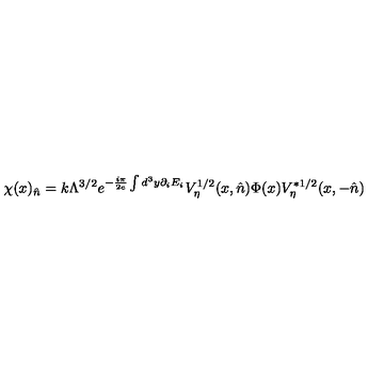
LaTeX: \chi ( x ) _ { \hat { n } } = k \Lambda ^ { 3 / 2 } e ^ { - \frac { i \pi } { 2 e } \int d ^ { 3 } y \partial _ { i } E _ { i } } V _ { \eta } ^ { 1 / 2 } ( x , \hat { n } ) \Phi ( x ) V _ { \eta } ^ { * 1 / 2 } ( x , - \hat { n } )